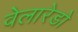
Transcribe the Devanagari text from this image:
वेलारेडो